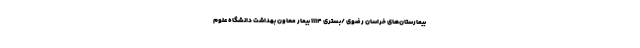
بیمارستان‌های خراسان رضوی /بستری ۱۱۱۴ بیمار معاون بهداشت دانشگاه علوم